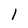
Character: 1